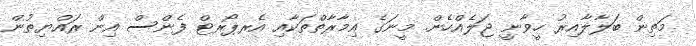
މަތިން ބަލާލާއިރު ހީވާނީ ޖަލެއްހެން. މީނަގެ އިމާރާތްތަކާއި އެރޕޯރޓް ފެންސް އިން ރައްޔިތުން